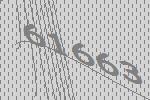
61663